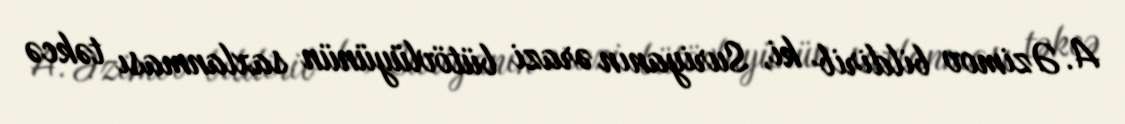
A. Əzimov bildirib ki, Suriyanın ərazi bütövlüyünün saxlanması təkcə